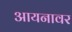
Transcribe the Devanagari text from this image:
आयनावर